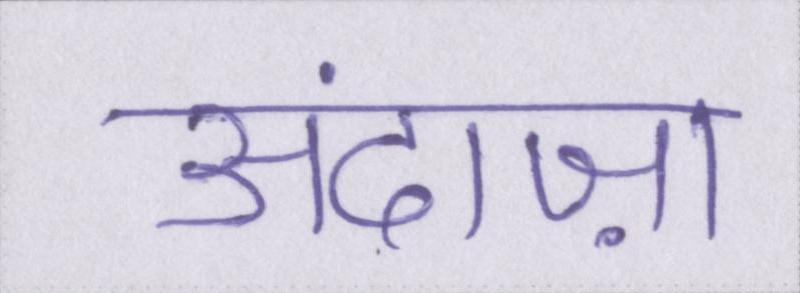
अंदाज़ा